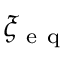
\xi _ { \mathrm { ~ e ~ q ~ } }